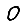
Digit: 0